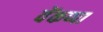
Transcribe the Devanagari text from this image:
वेंकप्पा